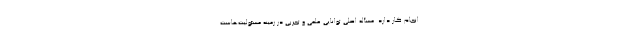
انجام کار دارد. مسأله اصلی توانایی علمی و تجربی در زمینه مسئولیت‌هاست